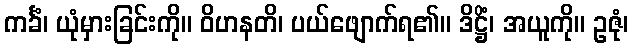
ကင်္ခံ၊ ယုံမှားခြင်းကို။ ဝိဟနတိ၊ ပယ်ဖျောက်ရ၏။ ဒိဋ္ဌိံ၊ အယူကို။ ဥဇုံ၊